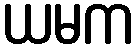
ယမက